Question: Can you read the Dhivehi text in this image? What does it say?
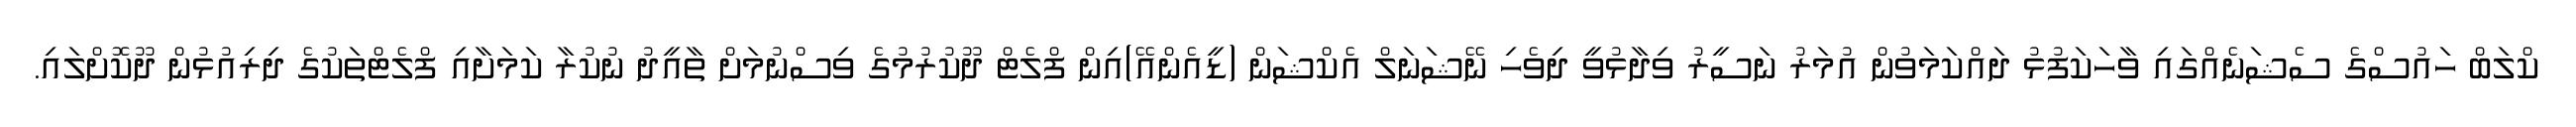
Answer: ކްލަބް ހައުސްގެ ސެޝަނެއްގައި ވާހަކަފުޅު ދައްކަމަވުން އުމަރު ނަސީރު ވިދާޅުވީ ދިވެހި ނޭޝަނަލް އެކްޝަން (ޑީއެންއޭ)އިން ފްލެޓް ދޫކުރުމުގެ ވިސްނުމަށް ތާއީދު ނުކުރާ ކަމަށާއި ފްލެޓްތަކުގެ ދިރިއުޅުން ދޫކޮށްލައި.